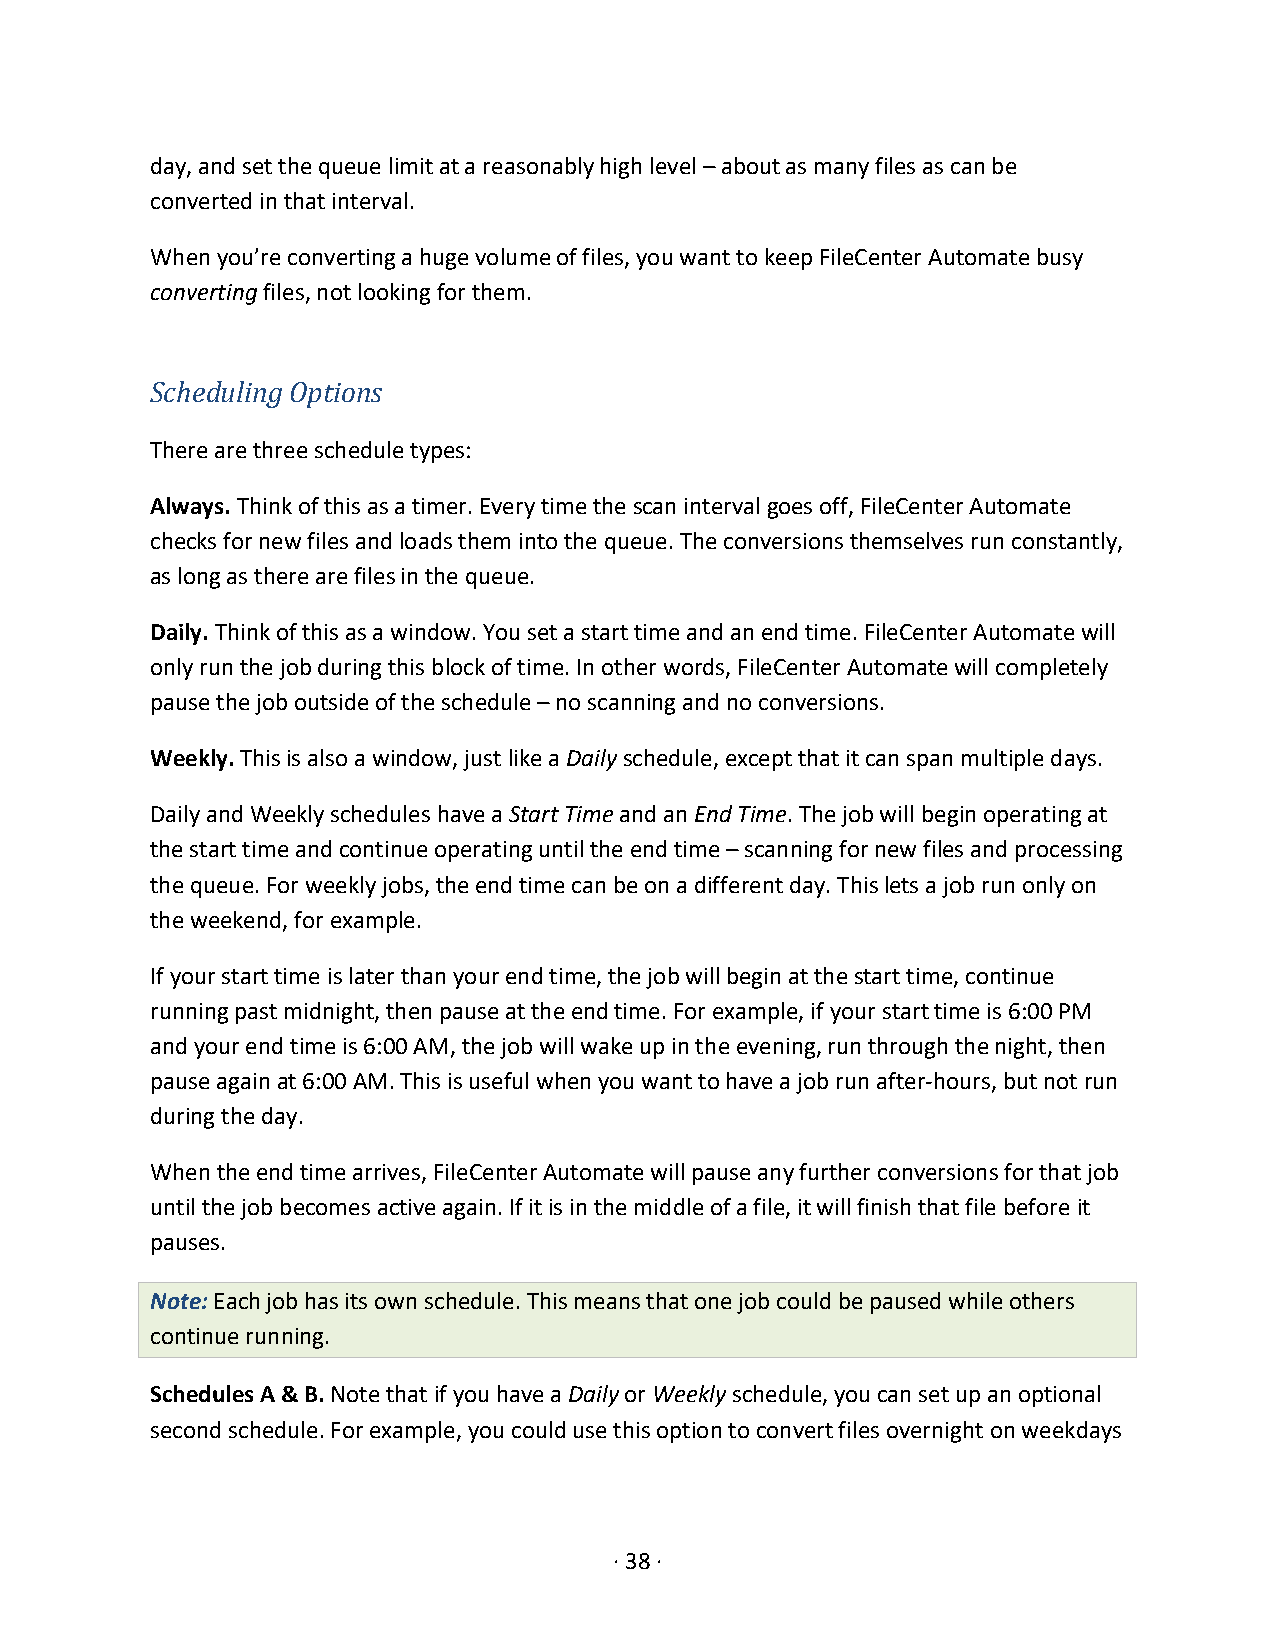
day, and set the queue limit at a reasonably high level – about as many files as can be
 converted in that interval.
 When you’re converting a huge volume of files, you want to keep FileCenter Automate busy
 converting files, not looking for them.
 Scheduling Options
 There are three schedule types:
 Always. Think of this as a timer. Every time the scan interval goes off, FileCenter Automate
 checks for new files and loads them into the queue. The conversions themselves run constantly,
 as long as there are files in the queue.
 Daily. Think of this as a window. You set a start time and an end time. FileCenter Automate will
 only run the job during this block of time. In other words, FileCenter Automate will completely
 pause the job outside of the schedule – no scanning and no conversions.
 Weekly. This is also a window, just like a Daily schedule, except that it can span multiple days.
 Daily and Weekly schedules have a Start Time and an End Time. The job will begin operating at
 the start time and continue operating until the end time – scanning for new files and processing
 the queue. For weekly jobs, the end time can be on a different day. This lets a job run only on
 the weekend, for example.
 If your start time is later than your end time, the job will begin at the start time, continue
 running past midnight, then pause at the end time. For example, if your start time is 6:00 PM
 and your end time is 6:00 AM, the job will wake up in the evening, run through the night, then
 pause again at 6:00 AM. This is useful when you want to have a job run after-hours, but not run
 during the day.
 When the end time arrives, FileCenter Automate will pause any further conversions for that job
 until the job becomes active again. If it is in the middle of a file, it will finish that file before it
 pauses.
 Note: Each job has its own schedule. This means that one job could be paused while others
 continue running.
 Schedules A & B. Note that if you have a Daily or Weekly schedule, you can set up an optional
 second schedule. For example, you could use this option to convert files overnight on weekdays
 · 38 ·